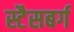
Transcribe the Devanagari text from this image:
स्टैसबर्ग